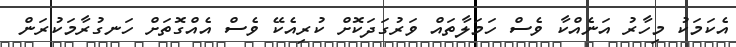
އެކަމަކު މިހާރު އަނެއްކާ ވެސް ހަމަލާތައް ވަރުގަދަކޮށް ކުރިއެކޭ ވެސް އެއްގޮތަށް ހަނގުރާމަކުރަން